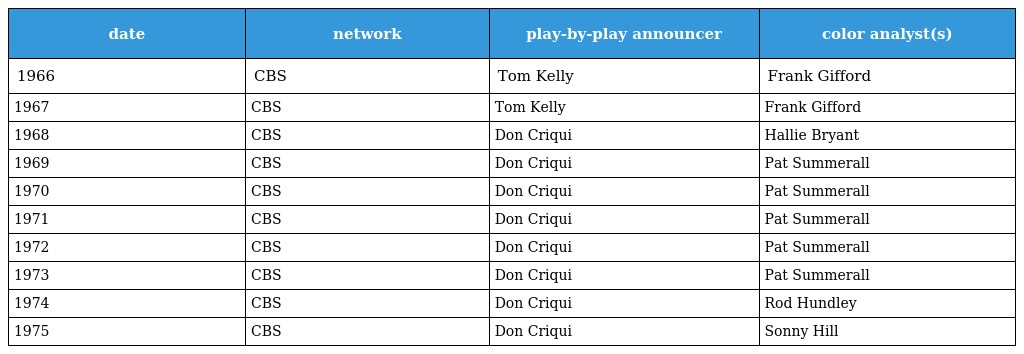
| date | network | play-by-play announcer | color analyst(s) |
 | --- | --- | --- | --- |
 | 1966 | CBS | Tom Kelly | Frank Gifford |
 | 1967 | CBS | Tom Kelly | Frank Gifford |
 | 1968 | CBS | Don Criqui | Hallie Bryant |
 | 1969 | CBS | Don Criqui | Pat Summerall |
 | 1970 | CBS | Don Criqui | Pat Summerall |
 | 1971 | CBS | Don Criqui | Pat Summerall |
 | 1972 | CBS | Don Criqui | Pat Summerall |
 | 1973 | CBS | Don Criqui | Pat Summerall |
 | 1974 | CBS | Don Criqui | Rod Hundley |
 | 1975 | CBS | Don Criqui | Sonny Hill |